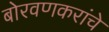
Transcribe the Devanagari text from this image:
बोरवणकरांचे